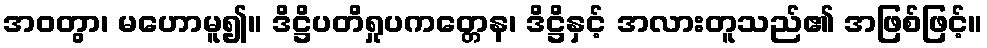
အဝတွာ၊ မဟောမူ၍။ ဒိဋ္ဌိပတိရှုပကတ္တေန၊ ဒိဋ္ဌိနှင့် အလားတူသည်၏ အဖြစ်ဖြင့်။